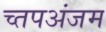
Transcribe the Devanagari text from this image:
च्तपअंजम